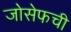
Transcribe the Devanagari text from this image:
जोसेफची